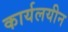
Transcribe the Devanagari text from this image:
कार्यलयीन